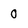
Character: 0